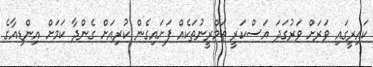
ކައިރީގައި ވަރަށް ވަރުގަދަ އަސްކަރީ ތަމްރީނުތަކެއް ފަށައިގެން ކުރިއަށް ގެންދާ ކަމަށް އިންޑިއާގެ